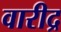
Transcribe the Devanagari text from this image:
वारीद्र